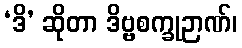
‘ဒိ’ ဆိုတာ ဒိဗ္ဗစက္ခုဉာဏ်၊